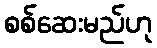
စစ်ဆေးမည်ဟု